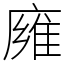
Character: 㢕